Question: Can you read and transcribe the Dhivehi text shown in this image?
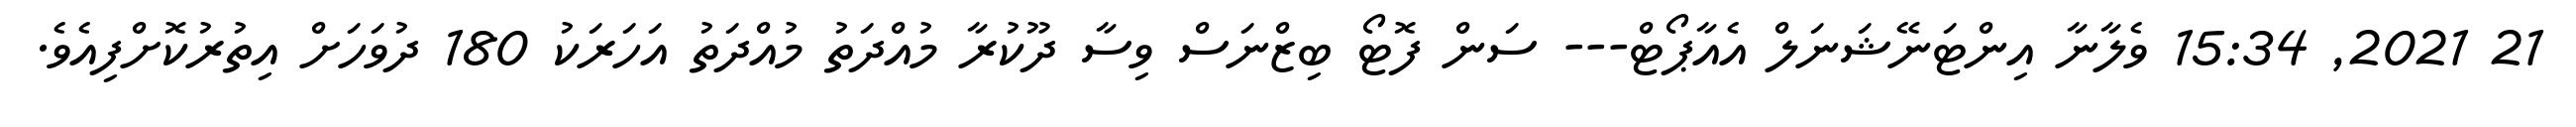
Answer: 21 2021, 15:34 ވެލާނާ އިންޓަނޭޝަނަލް އެއާޕޯޓް--- ސަން ފޮޓޯ ބިޒްނަސް ވިސާ ދޫކުރާ މުއްދަތު މުއްދަތު އަހަރަކު 180 ދުވަހަށް އިތުރުކޮށްފިއެވެ.